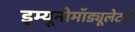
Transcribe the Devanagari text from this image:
इम्यूनोमॉड्यूलेटरी